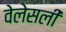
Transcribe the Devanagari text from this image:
वेलेसली